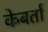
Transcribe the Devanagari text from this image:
केबर्ता